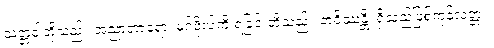
သတ္တဝါတို့သည်။ အညာတာရော၊ မဂ်ဖိုလ်ကို ရခြင်းတို့သည်။ ဘဝိဿန္တိ၊ ရှိသည်ဖြစ်ကုန်လတ္တံ့။